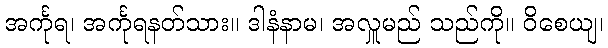
အင်္ကုရ၊ အင်္ကုရနတ်သား။ ဒါနံနာမ၊ အလှူမည် သည်ကို။ ဝိစေယျ၊